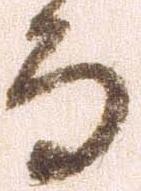
而